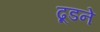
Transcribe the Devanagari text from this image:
ढूडने